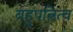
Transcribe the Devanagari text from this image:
बहुपत्नित्व